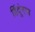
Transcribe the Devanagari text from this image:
हिंदूंनाच